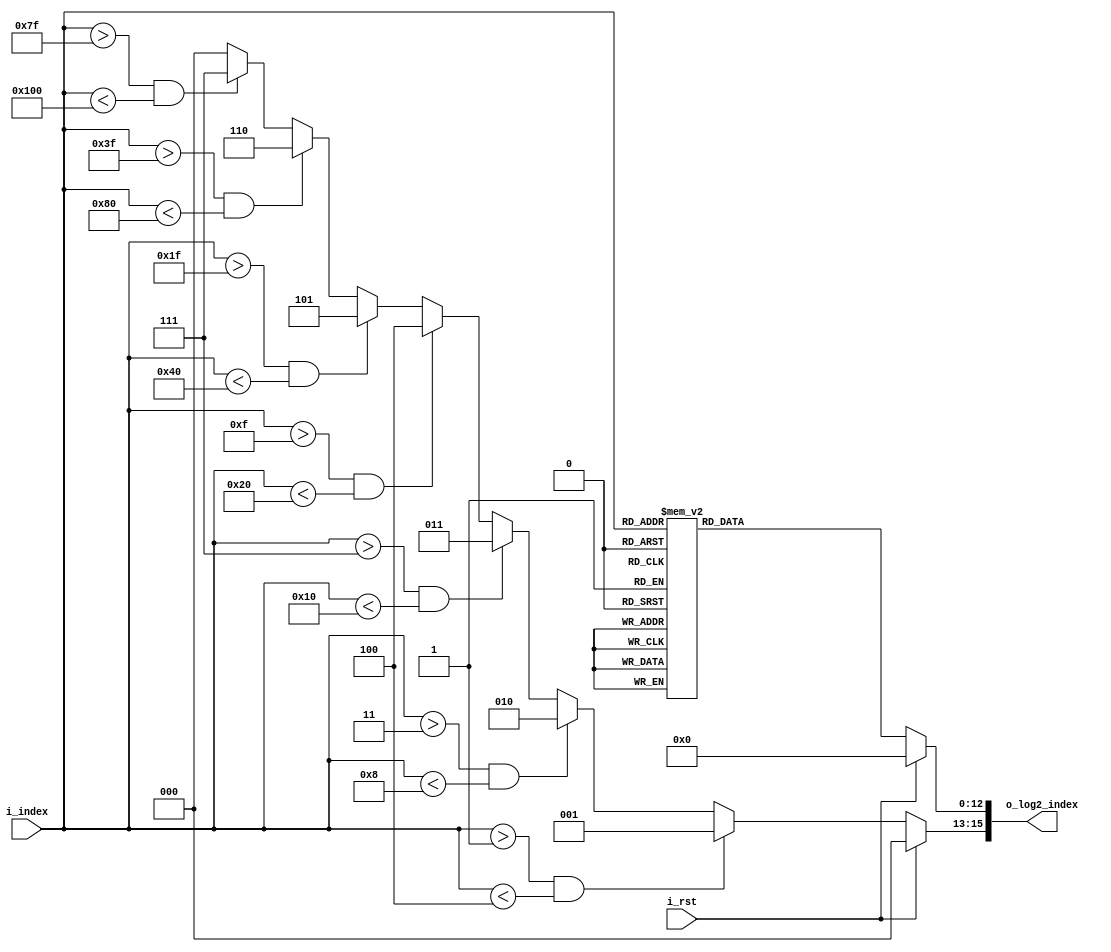
module log2(
i_rst,
i_index,
o_log2_index
);

input i_rst;
input [7:0] i_index; // 8+8 B
output [15:0] o_log2_index; // 3+13 B

reg [2:0] integ; // 3bits
reg [12:0] fraction; // 13bits

assign o_log2_index = {integ, fraction};

always @(*) begin
	if(i_rst) integ = 0;
	else if(i_index > 1 && i_index < 4) integ = 1;
	else if(i_index > 3 && i_index < 8) integ = 2;
	else if(i_index > 7 && i_index < 16) integ = 3;
	else if(i_index > 15 && i_index < 32) integ = 4;
	else if(i_index > 31 && i_index < 64) integ = 5;
	else if(i_index > 63 && i_index < 128) integ = 6;
	else if(i_index > 127 && i_index < 256) integ = 7;
	else integ = 0;
end


always @(*) begin
	if(i_rst) begin
		fraction = 0;
	end	else begin
		case(i_index)
		129: fraction = 13'b0000001011100;
		130, 65: fraction = 13'b0000010110111;
		131: fraction = 13'b0000100010010;
		132, 66, 33: fraction = 13'b0000101101100;
		133: fraction = 13'b0000111000101;
		134, 67: fraction = 13'b0001000011101;
		135: fraction = 13'b0001001110101;
		136, 68, 34, 17: fraction = 13'b0001011001100;
		137: fraction = 13'b0001100100011;
		138, 69: fraction = 13'b0001101111001;
		139: fraction = 13'b0001111001110;
		140, 70, 35: fraction = 13'b0010000100011;
		141: fraction = 13'b0010001110111;
		142, 71: fraction = 13'b0010011001011;
		143: fraction = 13'b0010100011110;
		144, 72, 36, 18, 9: fraction = 13'b0010101110000;
		145: fraction = 13'b0010111000010;
		146, 73: fraction = 13'b0011000010011;
		147: fraction = 13'b0011001100100;
		148, 74, 37: fraction = 13'b0011010110100;
		149: fraction = 13'b0011100000011;
		150, 75: fraction = 13'b0011101010010;
		151: fraction = 13'b0011110100001;
		152, 76, 38, 19: fraction = 13'b0011111101111;
		153: fraction = 13'b0100000111101;
		154, 77: fraction = 13'b0100010001010;
		155: fraction = 13'b0100011010110;
		156, 78, 39: fraction = 13'b0100100100010;
		157: fraction = 13'b0100101101110;
		158, 79: fraction = 13'b0100110111001;
		159: fraction = 13'b0101000000011;
		160, 80, 40, 20, 10, 5: fraction = 13'b0101001001101;
		161: fraction = 13'b0101010010111;
		162, 81: fraction = 13'b0101011100000;
		163: fraction = 13'b0101100101001;
		164, 82, 41: fraction = 13'b0101101110001;
		165: fraction = 13'b0101110111001;
		166, 83: fraction = 13'b0110000000000;
		167: fraction = 13'b0110001000111;
		168, 84, 42, 21: fraction = 13'b0110010001110;
		169: fraction = 13'b0110011010100;
		170, 85: fraction = 13'b0110100011010;
		171: fraction = 13'b0110101011111;
		172, 86, 43: fraction = 13'b0110110100100;
		173: fraction = 13'b0110111101000;
		174, 87: fraction = 13'b0111000101101;
		175: fraction = 13'b0111001110000;
		176, 88, 44, 22, 11: fraction = 13'b0111010110100;
		177: fraction = 13'b0111011110111;
		178, 89: fraction = 13'b0111100111001;
		179: fraction = 13'b0111101111011;
		180, 90, 45: fraction = 13'b0111110111101;
		181: fraction = 13'b0111111111111;
		182, 91: fraction = 13'b1000001000000;
		183: fraction = 13'b1000010000001;
		184, 92, 46, 23: fraction = 13'b1000011000001;
		185: fraction = 13'b1000100000001;
		186, 93: fraction = 13'b1000101000001;
		187: fraction = 13'b1000110000000;
		188, 94, 47: fraction = 13'b1000110111111;
		189: fraction = 13'b1000111111110;
		190, 95: fraction = 13'b1001000111100;
		191: fraction = 13'b1001001111010;
		192, 96, 48, 24, 12, 6, 3: fraction = 13'b1001010111000;
		193: fraction = 13'b1001011110101;
		194, 97: fraction = 13'b1001100110010;
		195: fraction = 13'b1001101101111;
		196, 98, 49: fraction = 13'b1001110101100;
		197: fraction = 13'b1001111101000;
		198, 99: fraction = 13'b1010000100100;
		199: fraction = 13'b1010001011111;
		200, 100, 50, 25: fraction = 13'b1010010011010;
		201: fraction = 13'b1010011010101;
		202, 101: fraction = 13'b1010100010000;
		203: fraction = 13'b1010101001010;
		204, 102, 51: fraction = 13'b1010110000101;
		205: fraction = 13'b1010110111110;
		206, 103: fraction = 13'b1010111111000;
		207: fraction = 13'b1011000110001;
		208, 104, 52, 26, 13: fraction = 13'b1011001101010;
		209: fraction = 13'b1011010100011;
		210, 105: fraction = 13'b1011011011011;
		211: fraction = 13'b1011100010011;
		212, 106, 53: fraction = 13'b1011101001011;
		213: fraction = 13'b1011110000011;
		214, 107: fraction = 13'b1011110111010;
		215: fraction = 13'b1011111110001;
		216, 108, 54, 27: fraction = 13'b1100000101000;
		217: fraction = 13'b1100001011111;
		218, 109: fraction = 13'b1100010010101;
		219: fraction = 13'b1100011001011;
		220, 110, 55: fraction = 13'b1100100000001;
		221: fraction = 13'b1100100110110;
		222, 111: fraction = 13'b1100101101100;
		223: fraction = 13'b1100110100001;
		224, 112, 56, 28, 14, 7: fraction = 13'b1100111010110;
		225: fraction = 13'b1101000001010;
		226, 113: fraction = 13'b1101000111111;
		227: fraction = 13'b1101001110011;
		228, 114, 57: fraction = 13'b1101010100111;
		229: fraction = 13'b1101011011011;
		230, 115: fraction = 13'b1101100001110;
		231: fraction = 13'b1101101000010;
		232, 116, 58, 29: fraction = 13'b1101101110101;
		233: fraction = 13'b1101110100111;
		234, 117: fraction = 13'b1101111011010;
		235: fraction = 13'b1110000001100;
		236, 118, 59: fraction = 13'b1110000111111;
		237: fraction = 13'b1110001110001;
		238, 119: fraction = 13'b1110010100010;
		239: fraction = 13'b1110011010100;
		240, 120, 60, 30, 15: fraction = 13'b1110100000101;
		241: fraction = 13'b1110100110110;
		242, 121: fraction = 13'b1110101100111;
		243: fraction = 13'b1110110011000;
		244, 122, 61: fraction = 13'b1110111001001;
		245: fraction = 13'b1110111111001;
		246, 123: fraction = 13'b1111000101001;
		247: fraction = 13'b1111001011001;
		248, 124, 62, 31: fraction = 13'b1111010001001;
		249: fraction = 13'b1111010111000;
		250, 125: fraction = 13'b1111011101000;
		251: fraction = 13'b1111100010111;
		252, 126, 63: fraction = 13'b1111101000110;
		253: fraction = 13'b1111101110101;
		254, 127: fraction = 13'b1111110100011;
		255: fraction = 13'b1111111010010;
		default: fraction = 13'b0;
		endcase
	end
end

endmodule